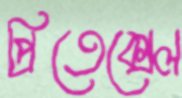
প্রিতেক্সেল